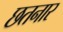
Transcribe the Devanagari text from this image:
छतनार